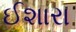
ઈશારા